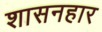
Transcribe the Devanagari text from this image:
शासनहार